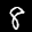
Label: 8